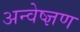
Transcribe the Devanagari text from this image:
अन्वेष्ज्ञण